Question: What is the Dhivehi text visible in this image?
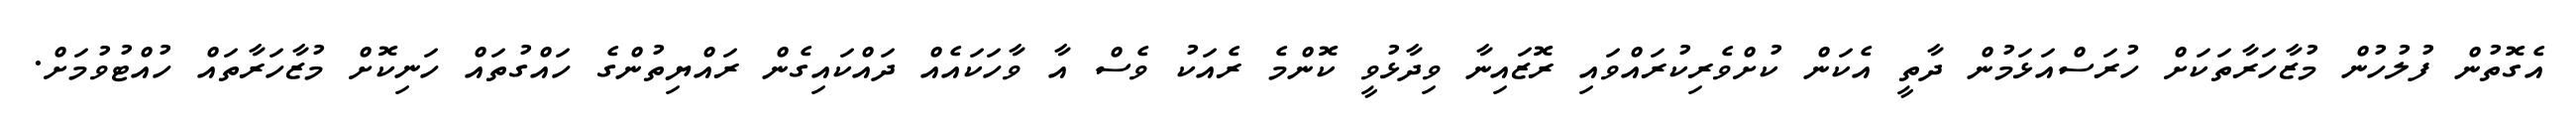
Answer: އެގޮތުން ފުލުހުން މުޒާހަރާތަކަށް ހުރަސްއަޅަމުން ދާތީ އެކަން ކުށްވެރިކުރައްވައި ރޮޒައިނާ ވިދާޅުވީ ކޮންމެ ރެއަކު ވެސް އާ ވާހަކައެއް ދައްކައިގެން ރައްޔިތުންގެ ހައްގުތައް ހަނިކޮށް މުޒާހަރާތައް ހުއްޓުވުމަށް.